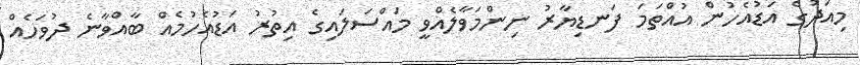
މިއަދުގެ އަޑުއެހުން އުއްތަމަ ފަނޑިޔާރު ނިންމަވާލެއްވީ މައްސަލައިގެ އިތުރު އަޑުއެހުމެއް ބާއްވާނެ ދުވަހެއް